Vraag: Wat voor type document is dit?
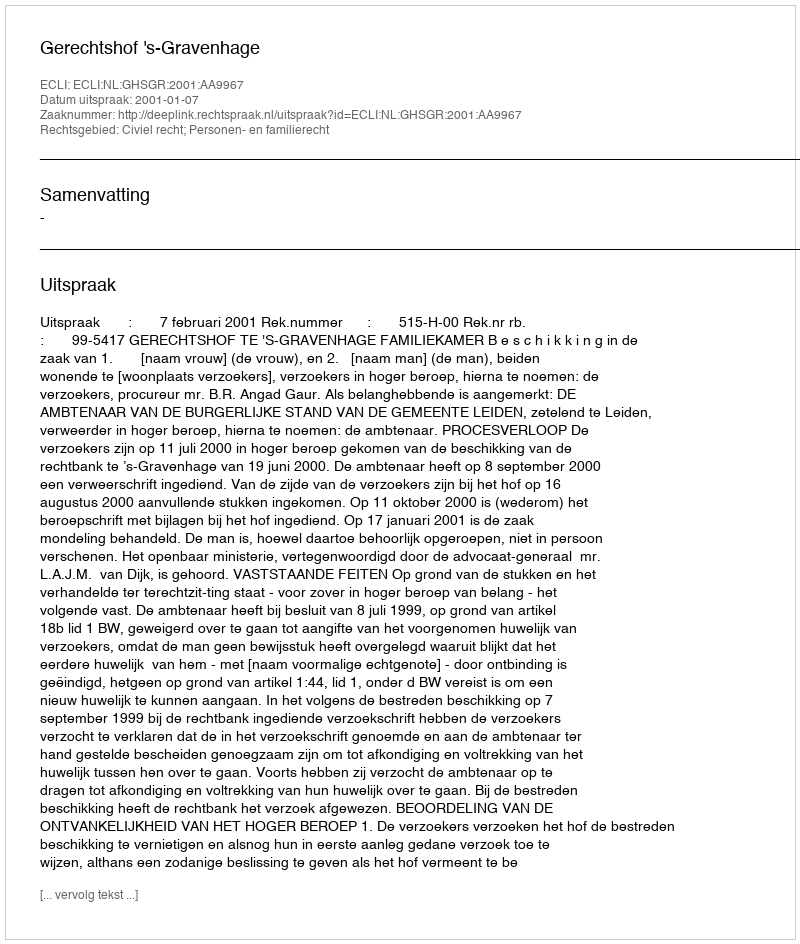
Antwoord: Uitspraak